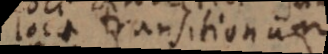
Loca transitionum